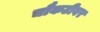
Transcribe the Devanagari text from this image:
चौकटीवर